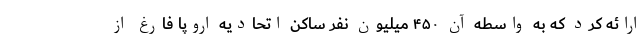
ارائه کرد که به واسطه آن ۴۵۰ میلیون نفر ساکن اتحادیه اروپا فارغ از